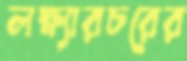
লক্ষ্যারচরের